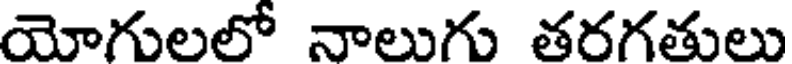
యోగులలో నాలుగు తరగతులు